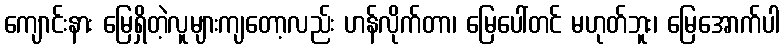
ကျောင်းနား မြေရှိတဲ့လူများကျတော့လည်း ဟန်လိုက်တာ၊ မြေပေါ်တင် မဟုတ်ဘူး၊ မြေအောက်ပါ